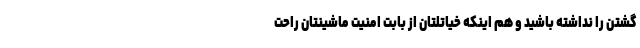
گشتن را نداشته باشید و هم اینکه خیاتلتان از بابت امنیت ماشینتان راحت